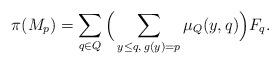
LaTeX: \begin{align*} \pi(M_p)=\sum_{q\in Q}\Big(\sum_{y\leq q,\,g(y)=p}\mu_{Q}(y,q)\Big)F_q.\end{align*}